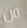
من